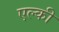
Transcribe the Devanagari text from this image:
एल्की